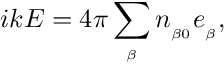
i k E = 4 \pi \sum _ { _ { \beta } } n _ { _ { \beta 0 } } e _ { _ { \beta } } ,